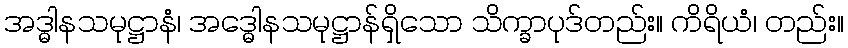
အဒ္ဓါနသမုဋ္ဌာနံ၊ အဒ္ဓေါနသမုဋ္ဌာန်ရှိသော သိက္ခာပုဒ်တည်း။ ကိရိယံ၊ တည်း။